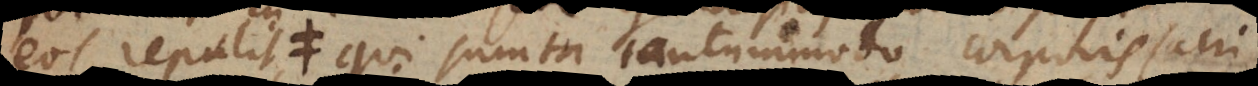
puto reliquiis), qui sumta tantummodo corporis sacri